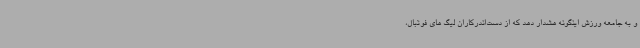
و به جامعه ورزش اینگونه هشدار دهد که از دست‌اندرکاران لیگ های فوتبال،